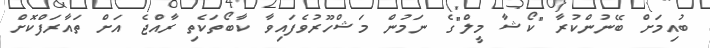
ބުއިމަށް ބޭނުންކުރާ "ކޯޝާ މީލް"ގެ ނަމުން މަޝްހޫރުވެފައިވާ ކާބޯތަކެތި ރާއްޖެ އަށް ތައާރަފްކޮށް